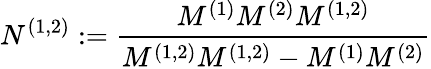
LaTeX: N^{(1,2)}:=\frac{M^{(1)}M^{(2)}M^{(1,2)}}{M^{(1,2)}M^{(1,2)}-M^{(1)}M^{(2)}}